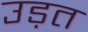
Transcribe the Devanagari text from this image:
उड़त